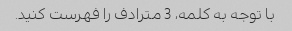
با توجه به کلمه، 3 مترادف را فهرست کنید.